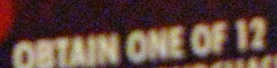
OBTAIN ONE OF 12